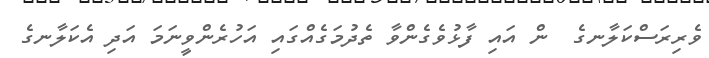
ވެރިރަސްކަލާނގެ  ން އައި ފާޅުވެގެންވާ ތެދުމަގެއްގައި އަހުރެންވީނަމަ އަދި އެކަލާނގެ